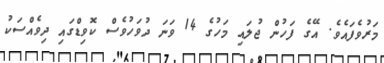
މަރުވެފައެވެ. އޭގެ ފަހުން ޖުލައި މަހުގެ 14 ވަނަ ދުވަހުވެސް ކޮވިޑްގައި ދިވެއްސަކު